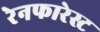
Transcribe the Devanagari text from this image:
रेनफारेस्ट